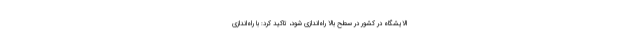
الایشگاه در کشور در سطح بالا راه‌اندازی شود، تاکید کرد: با راه‌اندازی